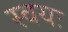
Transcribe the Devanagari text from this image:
स्वयः